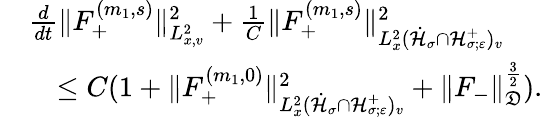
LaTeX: \begin{array}{rl}&{\frac{d}{dt}\| F_{+}^{(m_{1},s)}\| _{L_{x,v}^{2}}^{2}+\frac{1}{C}\| F_{+}^{(m_{1},s)}\| _{L_{x}^{2}(\dot{\mathcal H}_{\sigma}\cap\mathcal H_{\sigma;\varepsilon}^{+})_{v}}^{2}}\\ &{\quad\leq C(1+\| F_{+}^{(m_{1},0)}\| _{L_{x}^{2}(\dot{\mathcal H}_{\sigma}\cap\mathcal H_{\sigma;\varepsilon}^{+})_{v}}^{2}+\| F_{-}\| _{\mathfrak D}^{\frac{3}{2}}).}\end{array}